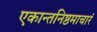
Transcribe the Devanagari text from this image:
एकान्तनिष्ठमाचारं